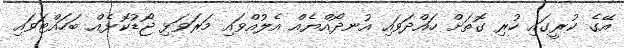
އޭގެ ކުރީގައި ހުރި ގޮތަށް ހައްދަވައި އުނދޯއްޔެއް އެލުއްވައި މަރަވަޅި ޖޯޑުކޮޅެއް ބަހައްޓަވައި